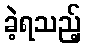
ခဲ့ရသည့်